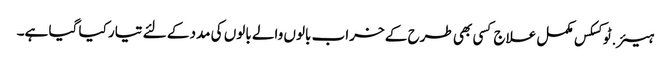
ہیئر.ٹوکسکس مکمل علاج کسی بھی طرح کے خراب بالوں والے بالوں کی مدد کے لئے تیار کیا گیا ہے۔